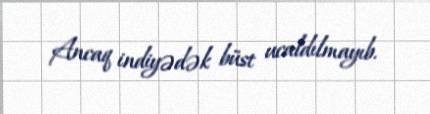
Ancaq indiyədək büst ucaldılmayıb.